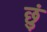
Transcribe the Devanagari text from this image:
छुं